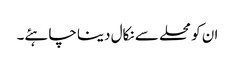
ان کو محلے سے نکال دینا چاہئے۔